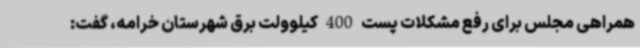
همراهی مجلس برای رفع مشکلات پست 400 کیلوولت برق شهرستان خرامه، گفت: